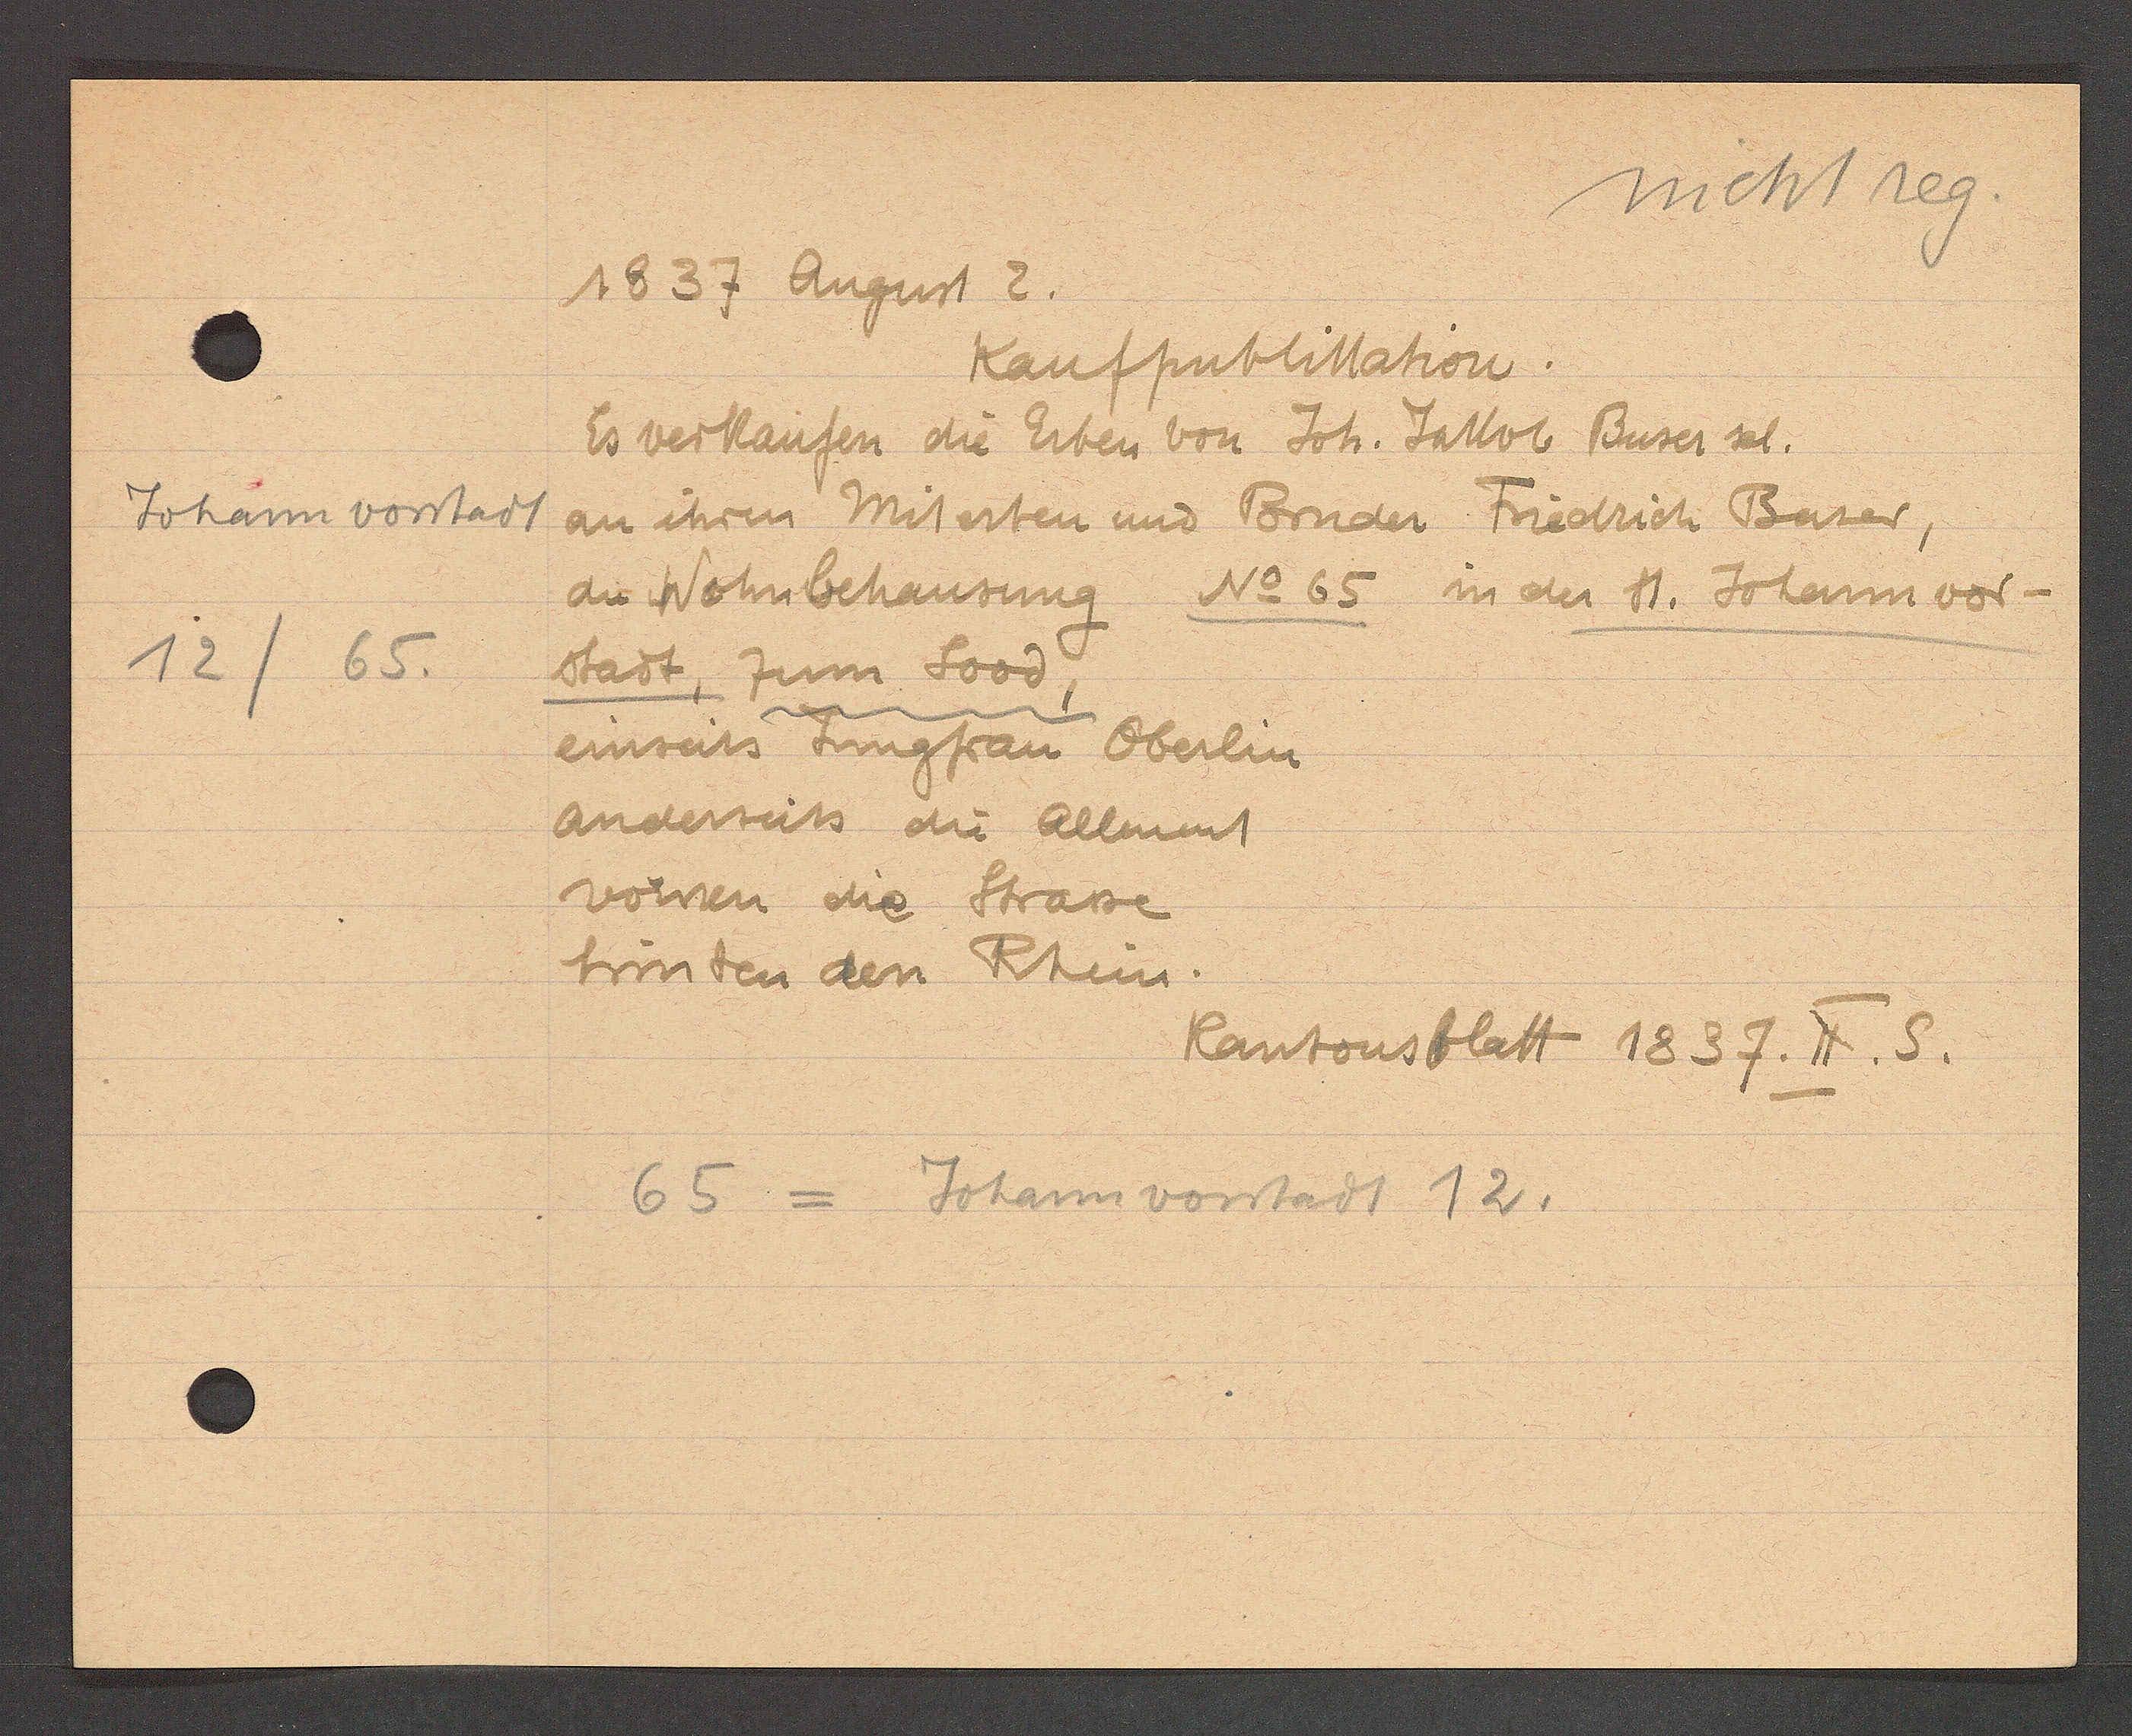
Transcript:
Johann vorstadt
12/
65

1837 August 2.

Kaufpublikation.
Es verkaufen die Erben von Joh. Jakob Buser sel.
an ihren Miterten und Bruder Friedrich Buser,
die Wohnbehausung No 65 in der H. Johann vor¬
stadt, zum Sood,
einseits Jungfrau Oberlin
anderseits die Allment
vornen die Stasse
hinten den Rhein.

Kantonsblatt 1837. II. S.

65 = Johannvorstadt 12.